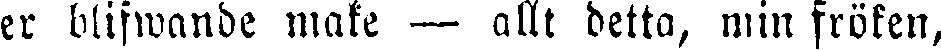
er blifwande make — allt detta, min fröken,